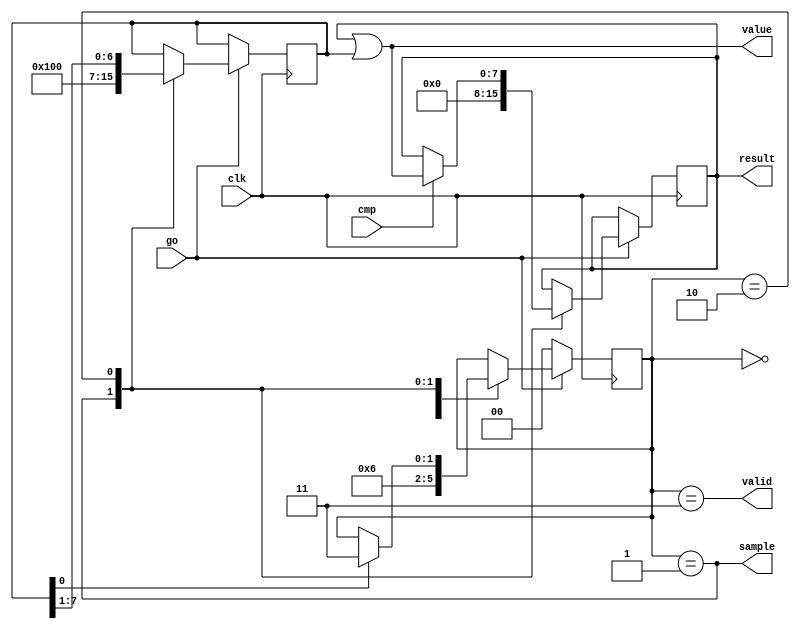
module controller(input clk, input go, output valid, output [7:0] result, output sample, output [7:0] value, input cmp);

reg [1:0] state; 
reg [7:0] mask, result;

parameter wait_state=0, sample_state=1, conv_state=2, done_state=3;

always @(posedge clk) begin
    if (!go) state <= wait_state;
    else case (state) 
        wait_state: state <= sample_state;
        sample_state :
        begin 
            state <= conv_state; 
            mask <= 8'b10000000; 
            result <= 8'b0; 
        end
            conv_state :
        begin
            if (cmp) result <= result | mask;
            mask <= mask>>1;
            if (mask[0]) state <= done_state;
        end
            done_state :;
    endcase
    end
        assign sample = state==sample_state;
        assign value = result | mask; 
        assign valid = state==done_state; 
endmodule